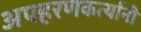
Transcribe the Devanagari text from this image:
अपहरणकर्त्यांनी